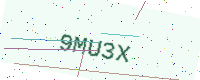
Text: 9MU3X